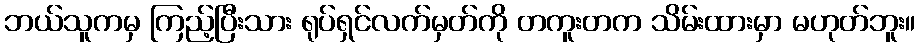
ဘယ်သူကမှ ကြည့်ပြီးသား ရုပ်ရှင်လက်မှတ်ကို တကူးတက သိမ်းထားမှာ မဟုတ်ဘူး။